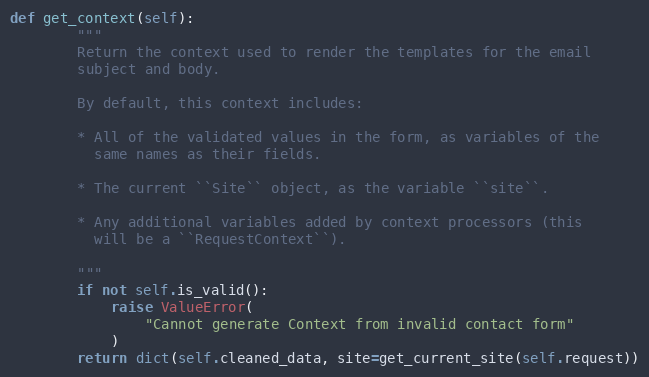
Language: Python
def get_context(self):
        """
        Return the context used to render the templates for the email
        subject and body.

        By default, this context includes:

        * All of the validated values in the form, as variables of the
          same names as their fields.

        * The current ``Site`` object, as the variable ``site``.

        * Any additional variables added by context processors (this
          will be a ``RequestContext``).

        """
        if not self.is_valid():
            raise ValueError(
                "Cannot generate Context from invalid contact form"
            )
        return dict(self.cleaned_data, site=get_current_site(self.request))